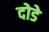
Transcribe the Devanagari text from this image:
दोडे